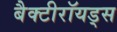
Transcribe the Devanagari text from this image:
बैक्टीरॉयड्स